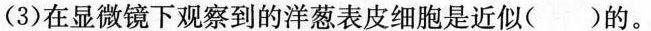
(3)在显微镜下观察到的洋葱表皮细胞是近似()的。